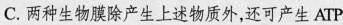
C.两种生物膜除产生上述物质外，还可产生ATP